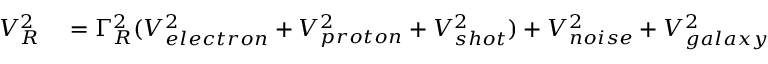
\begin{array} { r l } { { V _ { R } ^ { 2 } } } & { { } = { \Gamma _ { R } ^ { 2 } } ( { V _ { e l e c t r o n } ^ { 2 } } + { V _ { p r o t o n } ^ { 2 } } + { V _ { s h o t } ^ { 2 } } ) + { V _ { n o i s e } ^ { 2 } } + { V _ { g a l a x y } ^ { 2 } } } \end{array}